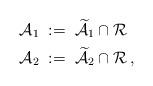
LaTeX: \begin{align*} \mathcal{A}_1\;&:=\;\widetilde{\mathcal{A}}_1\cap\mathcal{R} \\ \mathcal{A}_2\;&:=\;\widetilde{\mathcal{A}}_2\cap\mathcal{R} \,, \end{align*}